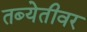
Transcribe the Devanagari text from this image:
तब्येतीवर